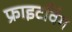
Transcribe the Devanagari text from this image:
फ्राइटविंग